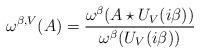
LaTeX: \begin{align*}\omega^{\beta,V}(A) = \frac{\omega^\beta(A \star U_V(i\beta))}{\omega^\beta (U_V(i\beta))}\end{align*}